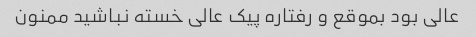
عالی بود بموقع و رفتاره پیک عالی خسته نباشید ممنون